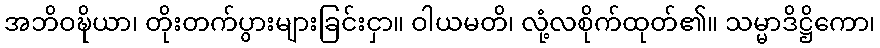
အဘိဝဍ္ဎိယာ၊ တိုးတက်ပွားများခြင်းငှာ။ ဝါယမတိ၊ လုံ့လစိုက်ထုတ်၏။ သမ္မာဒိဋ္ဌိကော၊